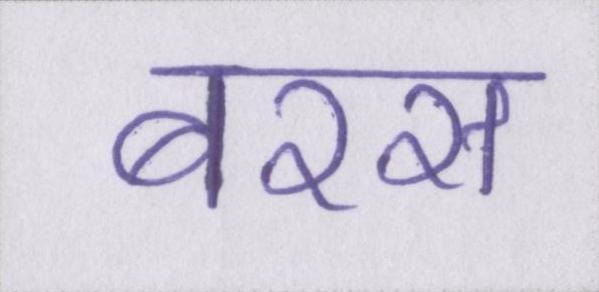
बरस